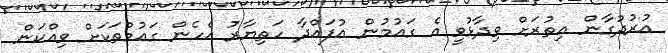
އުރުދުގާން އިތުރަށް ވިދާޅުވީ އެ ގައުމުން އުފައްދާ ހަތިޔާރު އެހެން ގައުމުތަކަށް ވިއްކަން